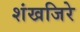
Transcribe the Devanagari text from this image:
शंखजिरे